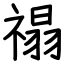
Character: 禢